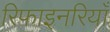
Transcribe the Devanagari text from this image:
रिफाइनरियाँ